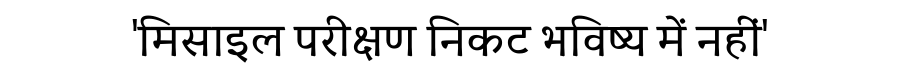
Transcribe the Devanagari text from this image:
'मिसाइल परीक्षण निकट भविष्य में नहीं'